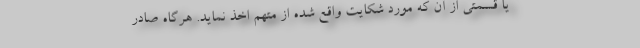
یا قسمتی از آن که مورد شکایت واقع شده از متهم اخذ نماید. هرگاه صادر